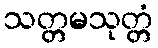
သတ္တမသုတ္တံ